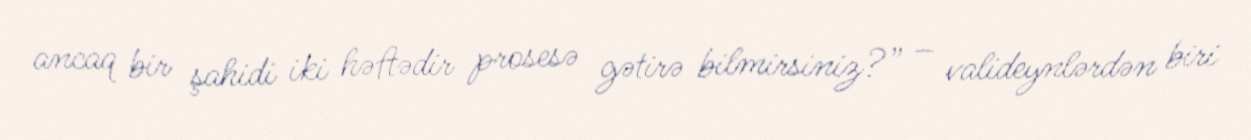
ancaq bir şahidi iki həftədir prosesə gətirə bilmirsiniz?” – valideynlərdən biri